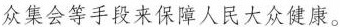
众集会等手段来保障人民大众健康。